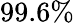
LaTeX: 99.6\%